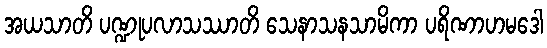
အယသာတိ ပဏ္ဍုပလာသဿာတိ သေနာသနသာမိကာ ပရိဏာဟမဒေါ